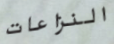
النزاعات